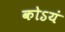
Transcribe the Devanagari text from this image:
कोऽयं